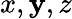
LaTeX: x,\mathbf{y},z